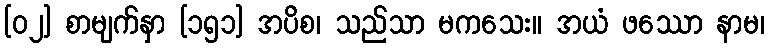
[၀၂] စာမျက်နှာ [၁၅၁] အပိစ၊ သည်သာ မကသေး။ အယံ ဖဿော နာမ၊